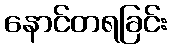
နောင်တရခြင်း